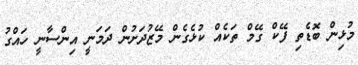
މުޅިން ބޮޑެތި ފޭކް ގޭމް ތަކެއް ކުޅެގެން މޭޒުދަށުން ދަމަނީ އިންސާނީ ހައްގު